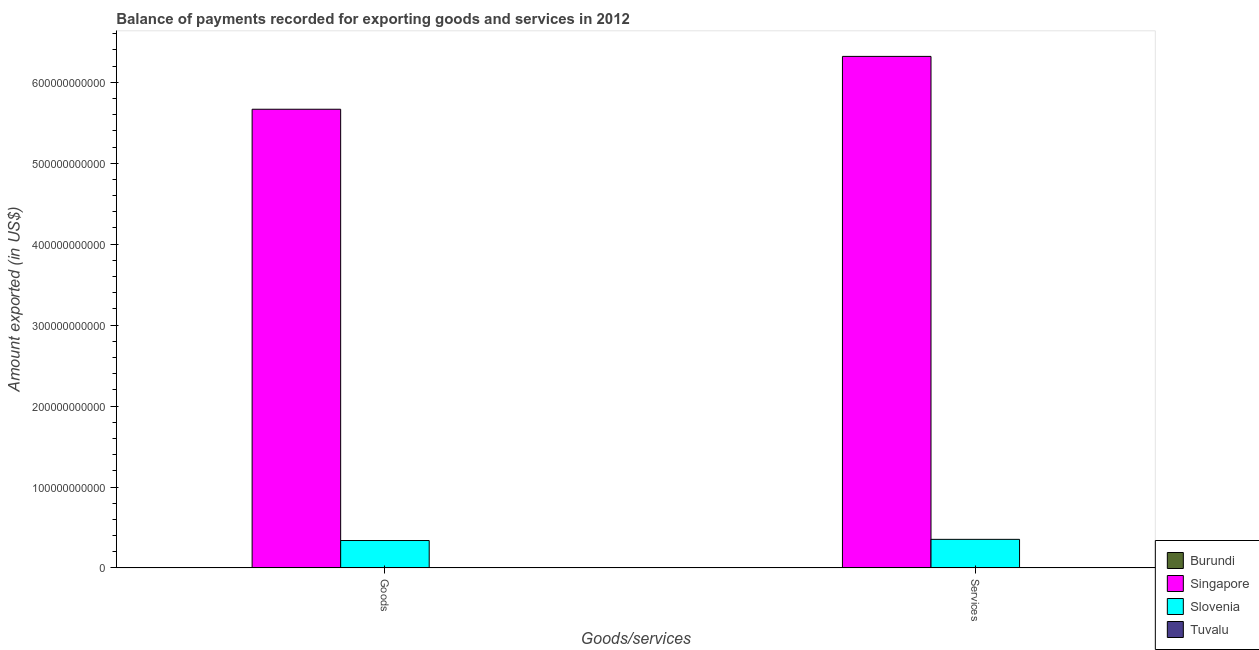
| Goods/services | Burundi | Singapore | Slovenia | Tuvalu |
 | --- | --- | --- | --- | --- |
 | Goods | 2.28e+08 | 5.67e+11 | 3.39e+10 | 2.51e+07 |
 | Services | 2.39e+08 | 6.32e+11 | 3.53e+10 | 3.93e+07 |